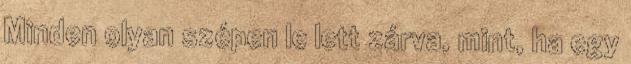
Minden olyan szépen le lett zárva, mint, ha egy